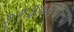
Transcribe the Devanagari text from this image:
१९३०मधल्या